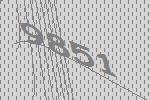
9851